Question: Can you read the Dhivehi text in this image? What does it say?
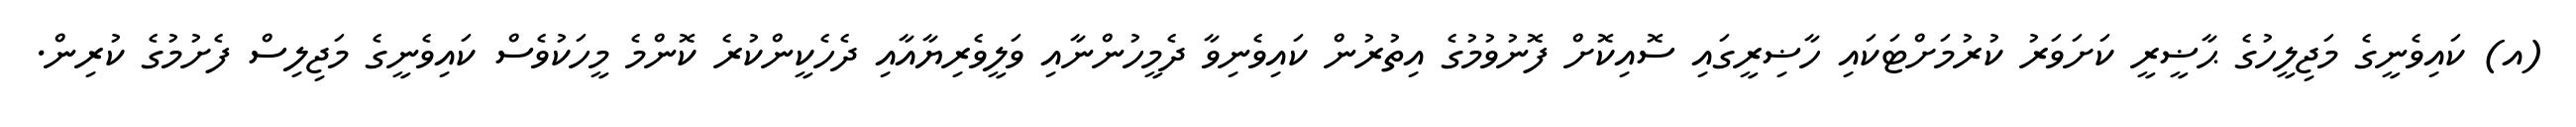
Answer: (އ) ކައިވެނީގެ މަޖިލީހުގެ ޙާޟީރީ ކަށަވަރު ކުރުމަށްޓަކައި ހާޟިރީގައި ސޮއިކޮށް ފޮނުވުމުގެ އިތުރުން ކައިވެނިވާ ދެމީހުންނާއި ވަލީވެރިޔާއާއި ދެހެކީންކުރެ ކޮންމެ މީހަކުވެސް ކައިވެނީގެ މަޖިލިސް ފެށުމުގެ ކުރިން.